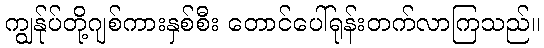
ကျွန်ုပ်တို့ဂျစ်ကားနှစ်စီး တောင်ပေါ်ရုန်းတက်လာကြသည်။